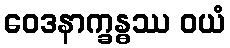
ဝေဒနာက္ခန္ဓဿ ဝယံ